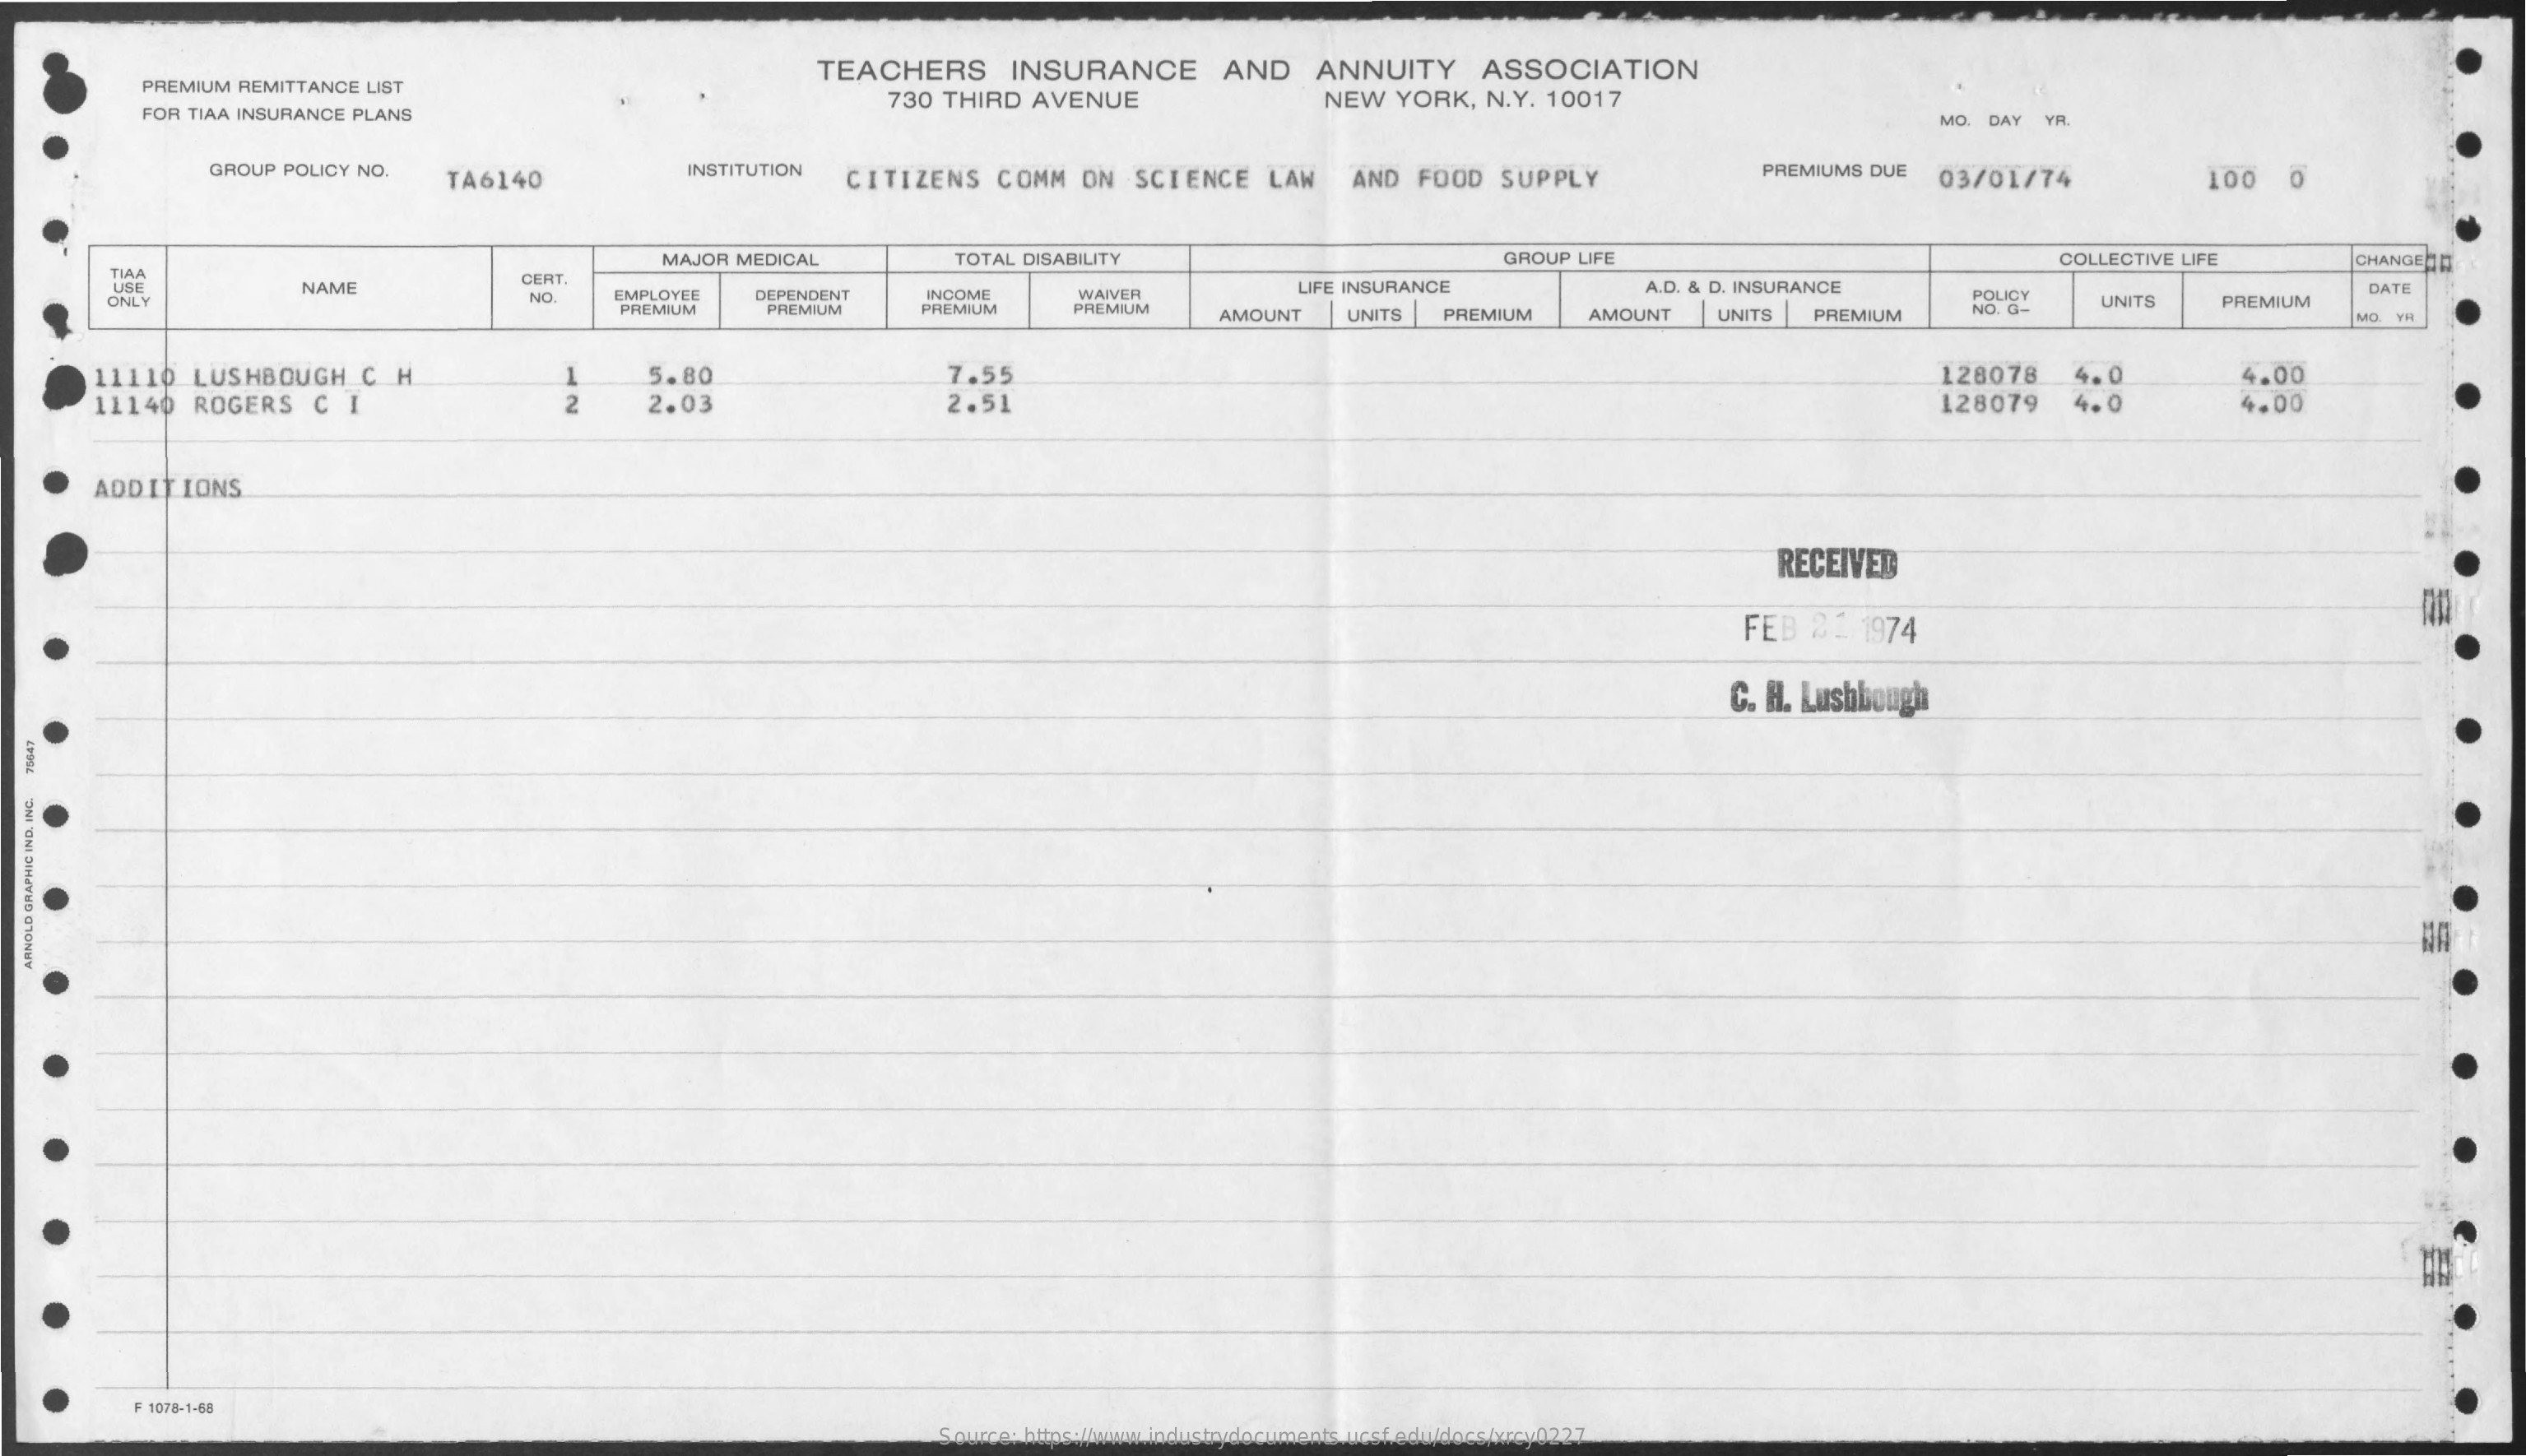
TEACHERS INSURANCE AND ANNUITY ASSOCIATION
     PREMIUM REMITTANCE LIST
     FOR TIAA INSURANCE PLANS
     730 THIRD AVENUE   NEW YORK, N.Y. 10017
     MO. DAY YA
     GROUP POLICY NO.
     TA6140
     INSTITUTION CITIZENS COMM ON SCIENCE LAW AND FOOD SUPPLY PREMIUMS DUE 03/01/74 o 100
     TIAA
     MAJOR MEDICAL TOTAL DISABILITY    GROUP LIFE    COLLECTIVE LIFE CHANGED
     USE    NAME
     CERT.
     ONLY    NO  EMPLOYEE DEPENDENT INCOME WAIVER
     LIFE INSURANCE A.D. & D. INSURANCE
     POLICY
     DATE
     PREMIUM PREMIUM PREMIUM PREMIUM AMOUNT UNITS PREMIUM AMOUNT UNITS PREMIUM NO. G-
     UNITS PREMIUM
     MO. YR
     HN 11110 LUSHBOUGH C H 5.80 7.55    128078
     2.51    128079
     4.0    4.00
    11140 ROGERS C I    2   2.03    4.0    4.00
    ADDITIONS
     RECEIVED
     FEB 22 1974
     C. H. Lushbough
  75647
  ARNOLD
  GRAPHIC
  IND.
  INC.
     F 1078-1-68
     Source: https://www.industrydocuments.ucsf.edu/docs/xrcy0227